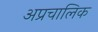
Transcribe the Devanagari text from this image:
अप्रचालिक